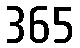
365